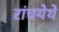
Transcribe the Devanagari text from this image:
रांचयेथे